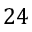
2 4